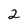
Character: 2